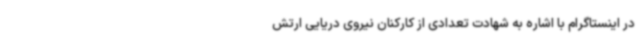
در اینستاگرام با اشاره به شهادت تعدادی از کارکنان نیروی دریایی ارتش